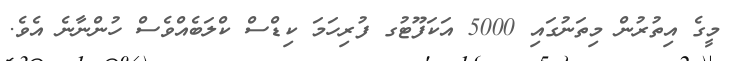
މީގެ އިތުރުން މިތަނުގައި 5000 އަކަފޫޓުގ ފުރިހަމަ ކިޑްސް ކްލަބެއްވެސް ހުންނާނެ އެވެ.